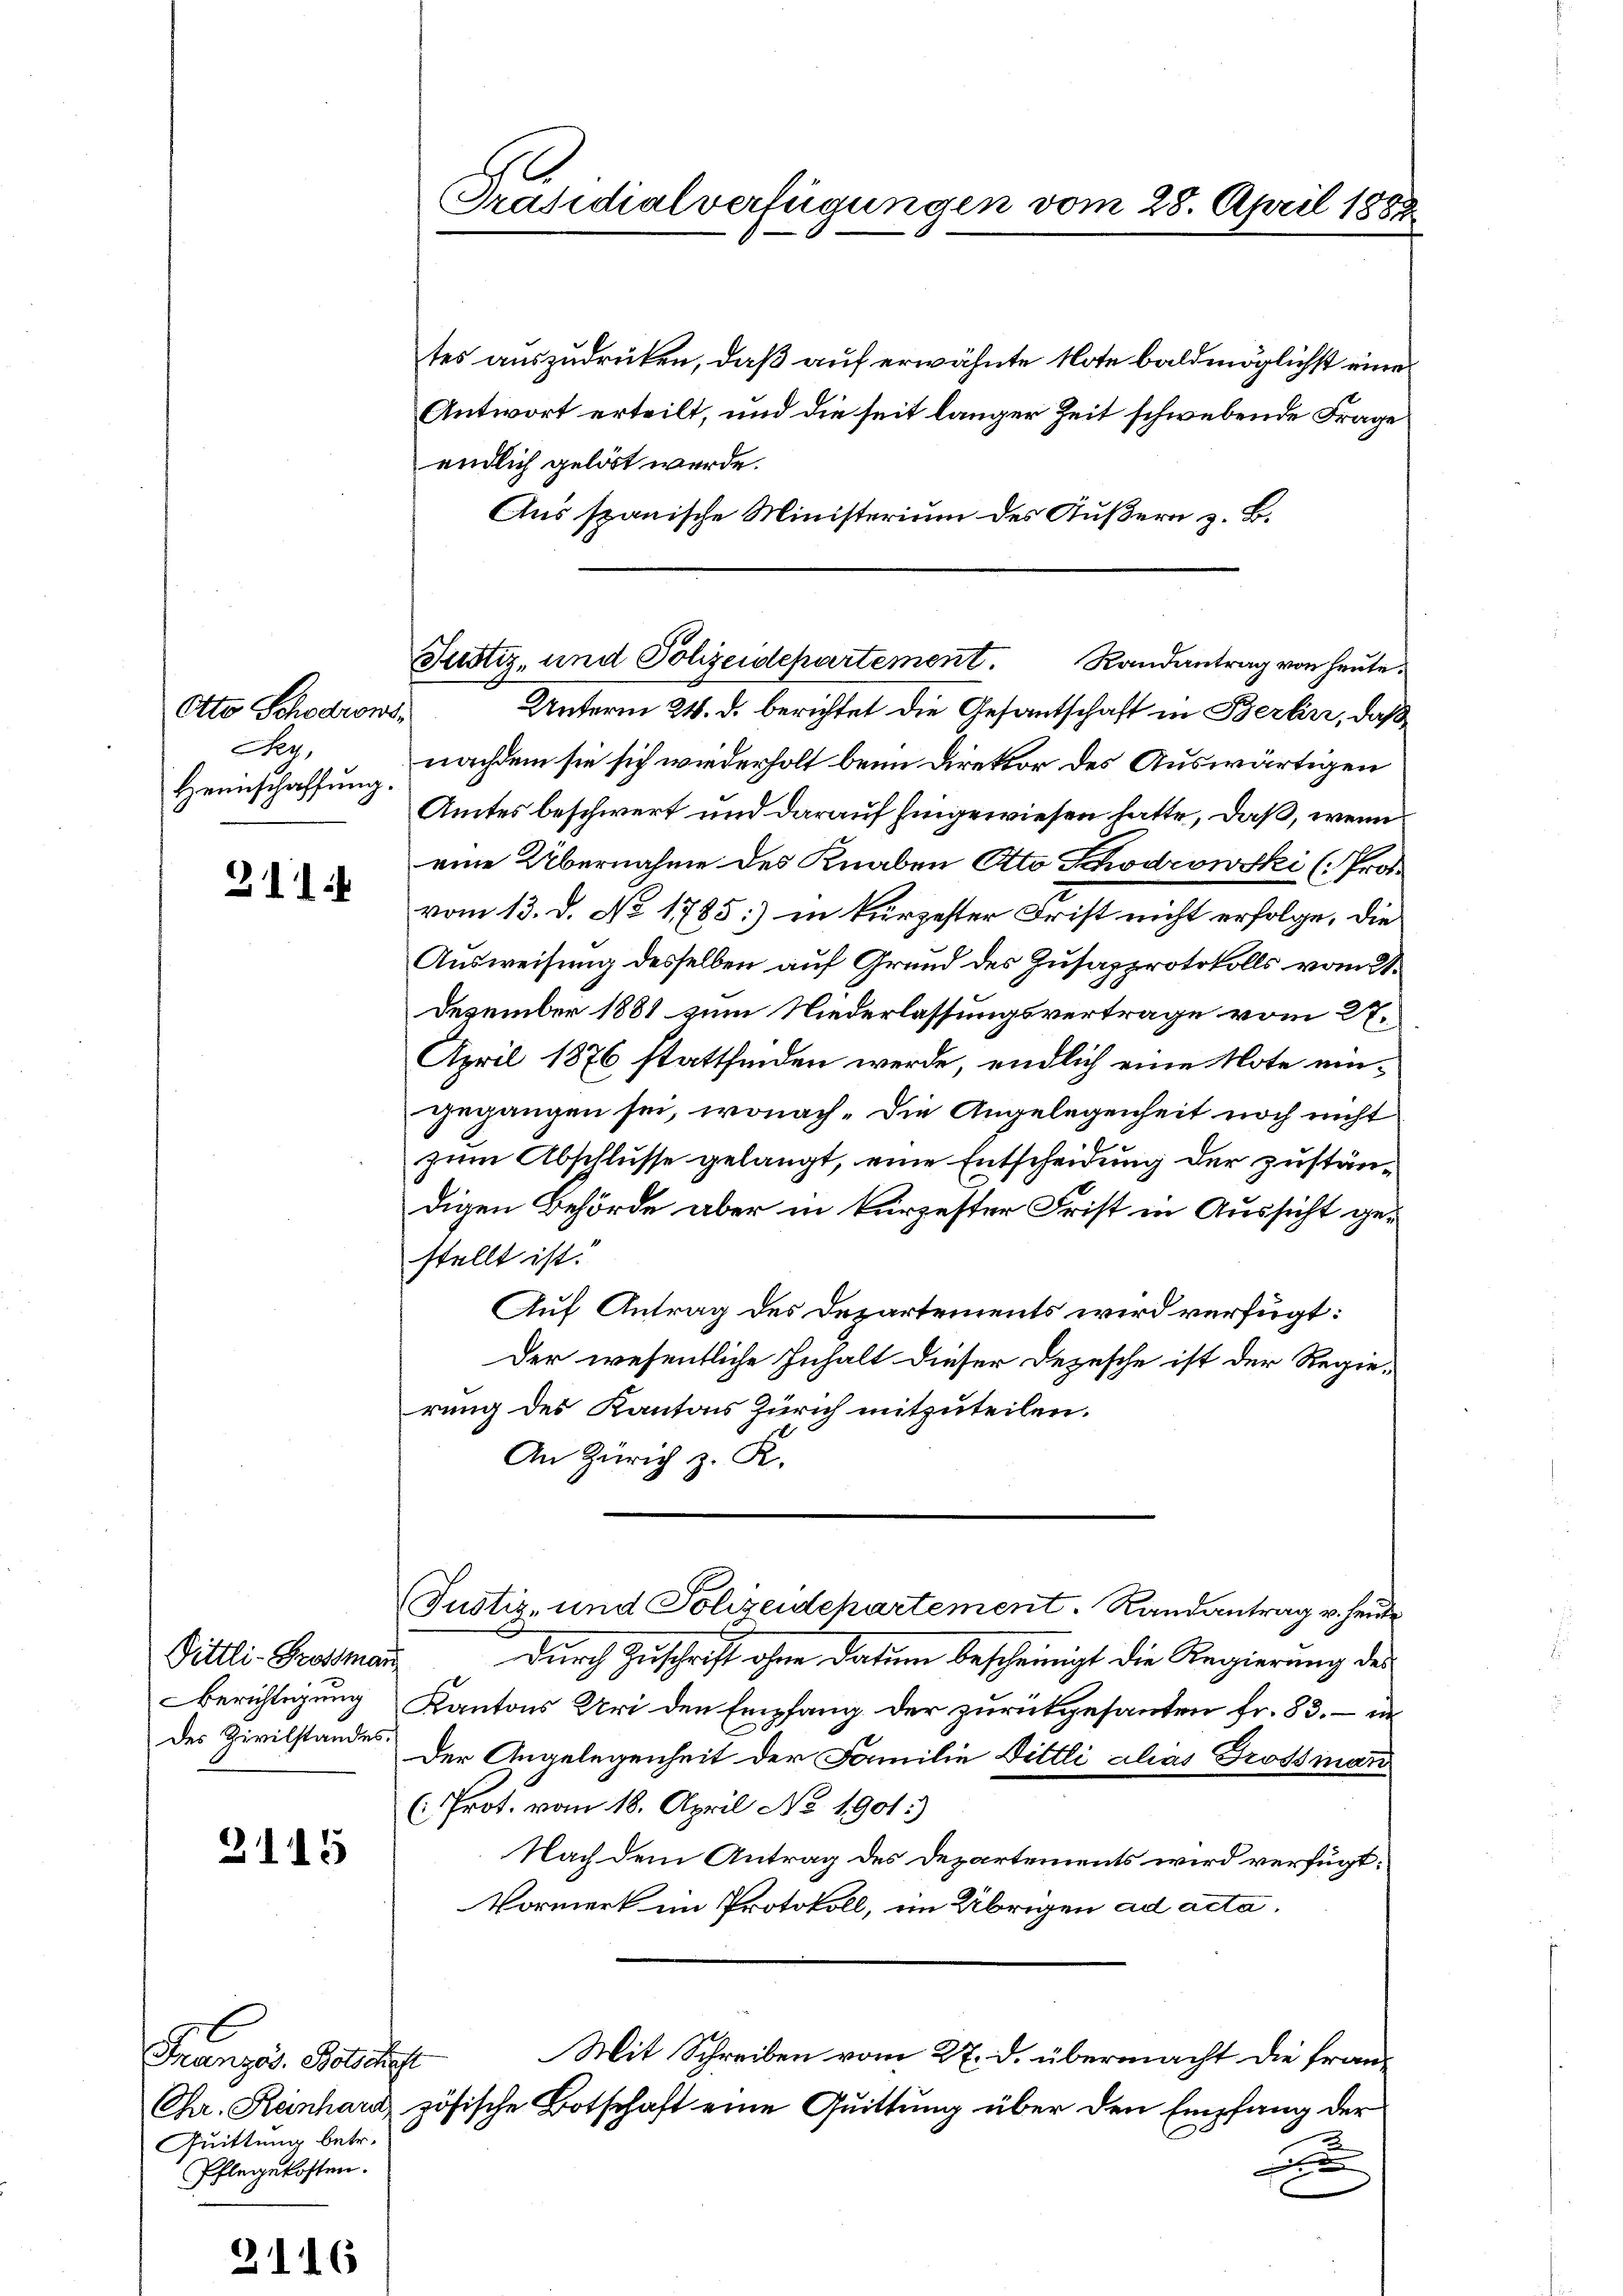
Otto Schodrows
9
Heimschaffung.

311.

Dittli-Großman
Berichtigung
des Zivilstandes

2115

Französ. Botschrift
Quittung betr.
Pflegekosten.

3116

Präsidialverfügungen vom 28. April 1888.

tes auszudrüken, daß auf erwähnte Note baldmöglichst eine
Antwort erteilt, und die seit langer Zeit schwebende Frage
endlich gelöst werde.
Aus spanische Ministerium des Äußern z. B.

Justiz- und Polizeidepartement. Randantrag von heŭte

Unterm 24. d. berichtet die Gesantschaft in Berlin, daß
nachdem sie sich wiederholt beim Direktor des Auswärtigen
Amtes beschwert und darauf hingewiesen hatte, daß, wenn
eine Übernahme des Knaben Otto Khodrowski (Prof.
vom 13. d. No 1785] in kurzester Frist nicht erfolge, die
Ausweisung desselben auf Grund des Zusapprotokolls vom 31.
Dezember 1881 zum Niederlassungsvertrage vom 27.
April 1876 stattfinden werde, endlich eine Note eingegangen sei, wonach. Die Angelegenheit noch nicht
zum Abschlusse gelangt, eine Entscheidung der zuständigen Behörde aber in kürzester Frist in Aussicht gestellt ist.
Auf Antrag des Departements wird verfügt:
Der wesentliche Inhalt dieser Depesche ist der Regierung des Kantons Zürich mitzuteilen.
An Zürich z. K.
(Justiz- und Polizeidchartement. Randantrag v. heute
durch Zuschrift ohne datum bescheinigt die Regierung des
Kantons Uri den Empfang der zurückgesanten fr. 83. – in
Der Angelegenheit der Familie Bittli alias Grossmann
(: Prot. vom 18. April No 1901.)
Nach dem Antrag des Departements wird verfügt:
Vormerk im Protokoll, im Übrigen ad acta,
Mit Schreiben vom 27. d. übermacht die fran¬
Chr. Kanhard zösische Botschaft eine Quittung über den Empfang der
x